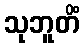
သုဘူတိံ